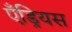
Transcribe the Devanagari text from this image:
एँड्रियस